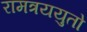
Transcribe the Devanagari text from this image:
रामत्रययुतो